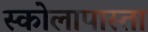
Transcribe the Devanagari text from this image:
स्कोलापास्ता